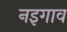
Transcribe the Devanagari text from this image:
नइगाव